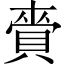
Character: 賫